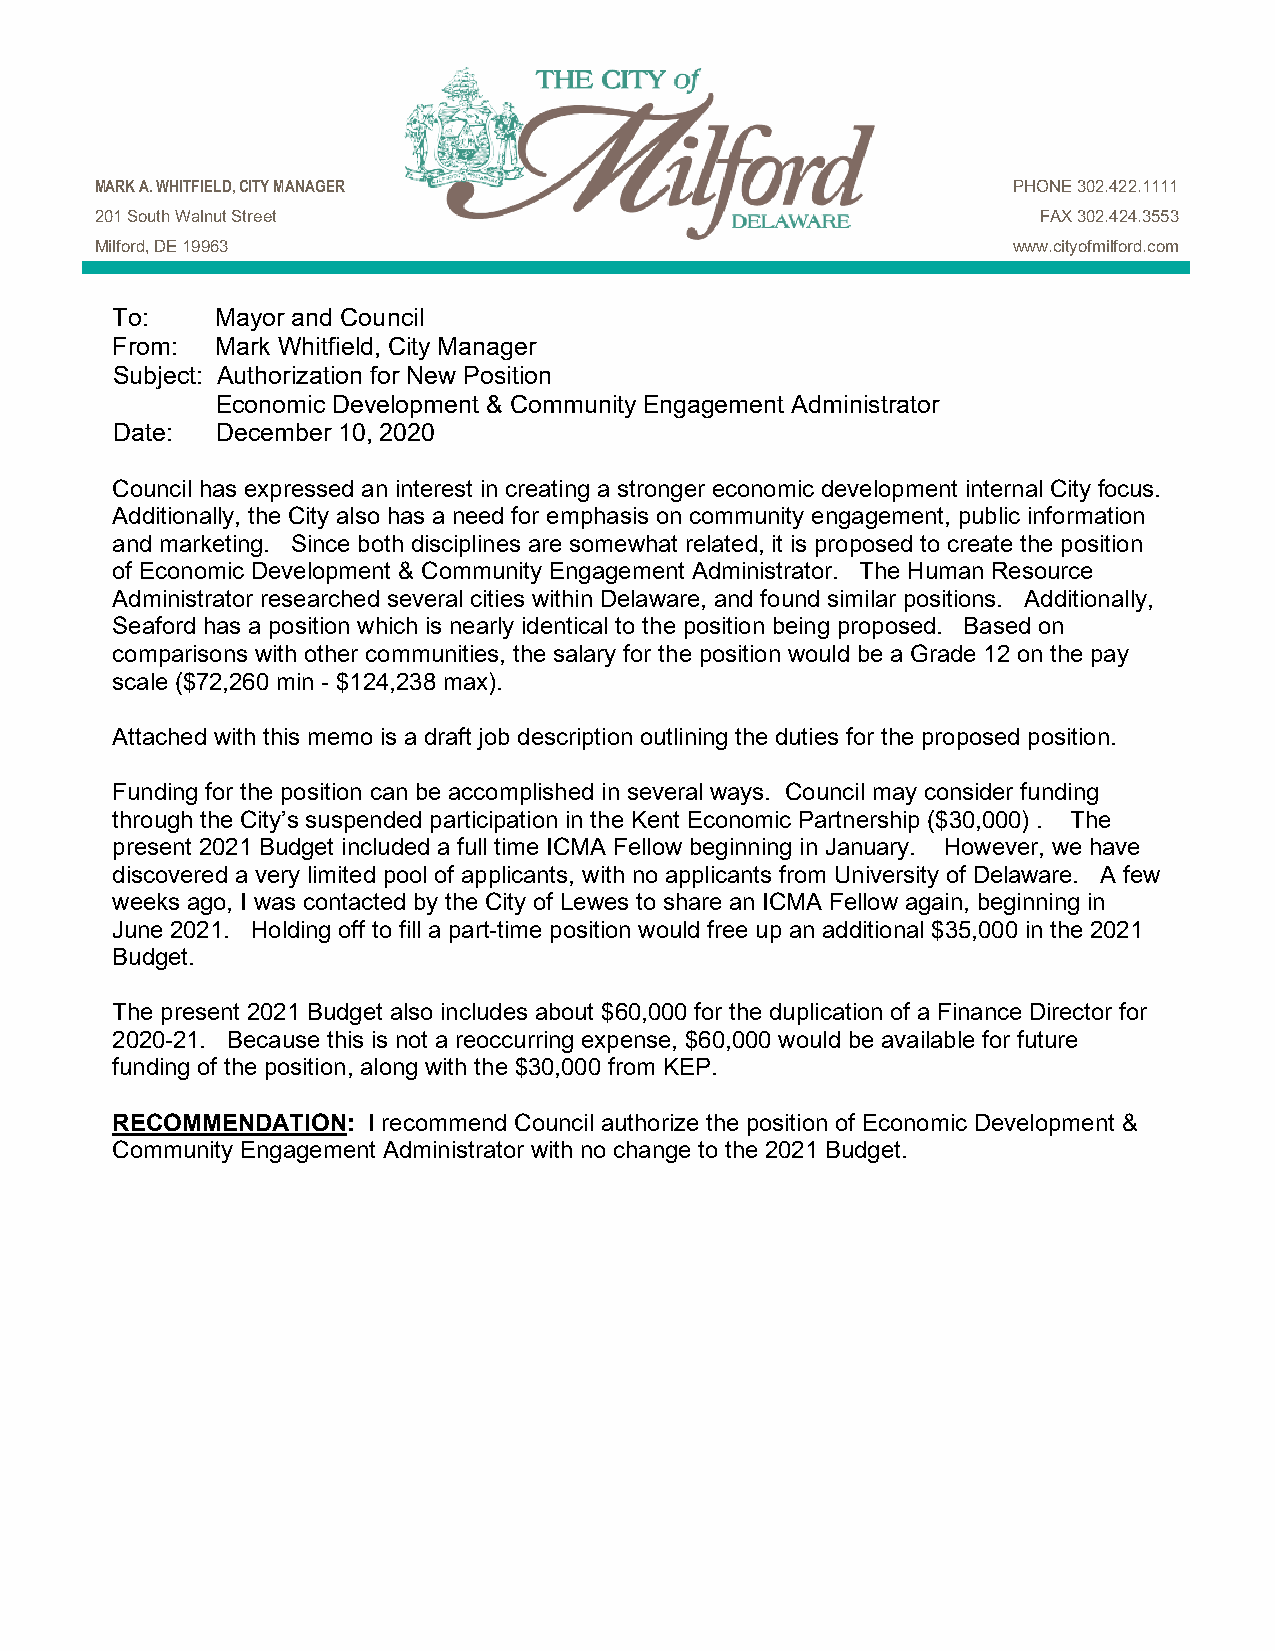
MARK A. WHITFIELD, CITY MANAGER                              PHONE 302.422.1111
 201 South Walnut Street                                        FAX 302.424.3553
 Milford, DE 19963                                            www.cityofmilford.com
 To:    Mayor and Council
 From:  Mark Whitfield, City Manager
 Subject: Authorization for New Position
 Economic Development & Community Engagement Administrator
 Date:  December 10, 2020
 Council has expressed an interest in creating a stronger economic development internal City focus.
 Additionally, the City also has a need for emphasis on community engagement, public information
 and marketing. Since both disciplines are somewhat related, it is proposed to create the position
 of Economic Development & Community Engagement Administrator. The Human Resource
 Administrator researched several cities within Delaware, and found similar positions. Additionally,
 Seaford has a position which is nearly identical to the position being proposed. Based on
 comparisons with other communities, the salary for the position would be a Grade 12 on the pay
 scale ($72,260 min - $124,238 max).
 Attached with this memo is a draft job description outlining the duties for the proposed position.
 Funding for the position can be accomplished in several ways. Council may consider funding
 through the City’s suspended participation in the Kent Economic Partnership ($30,000) . The
 present 2021 Budget included a full time ICMA Fellow beginning in January. However, we have
 discovered a very limited pool of applicants, with no applicants from University of Delaware. A few
 weeks ago, I was contacted by the City of Lewes to share an ICMA Fellow again, beginning in
 June 2021. Holding off to fill a part-time position would free up an additional $35,000 in the 2021
 Budget.
 The present 2021 Budget also includes about $60,000 for the duplication of a Finance Director for
 2020-21. Because this is not a reoccurring expense, $60,000 would be available for future
 funding of the position, along with the $30,000 from KEP.
 RECOMMENDATION:  I recommend Council authorize the position of Economic Development &
 Community Engagement Administrator with no change to the 2021 Budget.